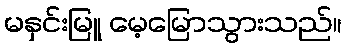
မနှင်းမြူ မေ့မြောသွားသည်။